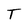
Character: T